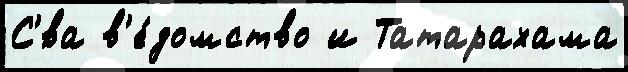
С'́ва в'е́домство и Татарахама